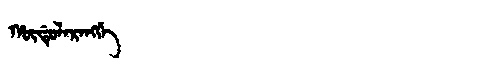
Manchu: ᡥᡡᡩᡠᠯᠠᡵᠠᠩᡤᡝ
Romanization: HŪDULARANGGE